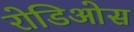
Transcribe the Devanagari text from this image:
रोडिओस